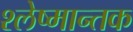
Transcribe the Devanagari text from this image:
श्‍लेष्मान्तक